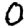
Digit: 0